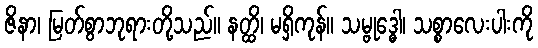
ဇိနာ၊ မြတ်စွာဘုရားတို့သည်။ နတ္ထိ၊ မရှိကုန်။ သမ္ဗုဒ္ဓေါ၊ သစ္စာလေးပါးကို